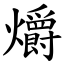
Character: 爝